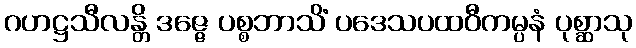
ဂဟဋ္ဌသီလန္တိ ဒဇ္ဇေ ပစ္စဘာသိံ ပဒေသပထဝီကမ္ပနံ ပုစ္ဆာသု